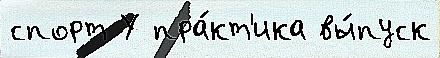
спорт У пра́кт'ика вы́пуск